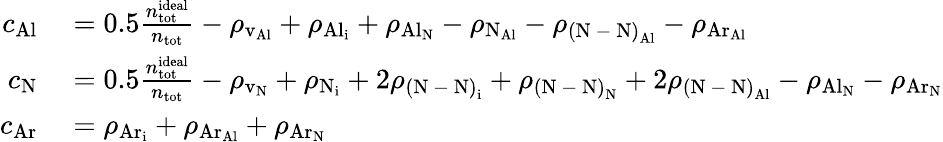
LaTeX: \begin{array}{rl}{c_{\mathrm{Al}}}&{{}=0.5\frac{n_{\mathrm{tot}}^{\mathrm{ideal}}}{n_{\mathrm{tot}}}-\rho_{\mathrm{v_{Al}}}+\rho_{\mathrm{{Al}_{i}}}+\rho_{\mathrm{{Al}_{N}}}-\rho_{\mathrm{{N}_{Al}}}-\rho_{\mathrm{{(N\mathrm{~-~}N)}_{Al}}}-\rho_{\mathrm{{Ar}_{Al}}}}\\ {c_{\mathrm{N}}}&{{}=0.5\frac{n_{\mathrm{tot}}^{\mathrm{ideal}}}{n_{\mathrm{tot}}}-\rho_{\mathrm{v_{N}}}+\rho_{\mathrm{N_{i}}}+2\rho_{\mathrm{{(N\mathrm{~-~}N)}_{i}}}+\rho_{\mathrm{{(N\mathrm{~-~}N)}_{N}}}+2\rho_{\mathrm{{(N\mathrm{~-~}N)}_{Al}}}-\rho_{\mathrm{{Al}_{N}}}-\rho_{\mathrm{{Ar}_{N}}}}\\ {c_{\mathrm{Ar}}}&{{}=\rho_{\mathrm{{Ar}_{i}}}+\rho_{\mathrm{{Ar}_{Al}}}+\rho_{\mathrm{{Ar}_{N}}}}\end{array}